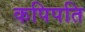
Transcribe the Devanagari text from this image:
कपिपति